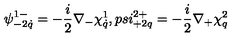
\psi _ { - 2 \dot { q } } ^ { 1 - } = - \frac { i } { 2 } \nabla _ { - } \chi _ { \dot { q } } ^ { 1 } , p s i _ { + 2 q } ^ { 2 + } = - \frac { i } { 2 } \nabla _ { + } \chi _ { q } ^ { 2 }